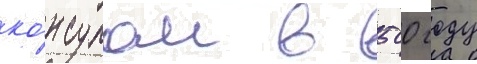
ко́нсулом в 500 году